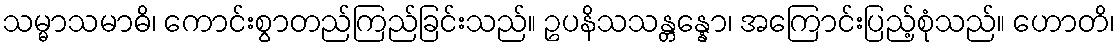
သမ္မာသမာဓိ၊ ကောင်းစွာတည်ကြည်ခြင်းသည်။ ဥပနိသသန္တန္နော၊ အကြောင်းပြည့်စုံသည်။ ဟောတိ၊